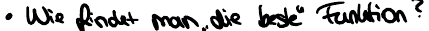
Wie findet man "die beste" Funktion?